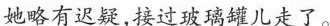
她略有迟疑,接过玻璃罐儿走了。